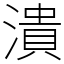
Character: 潰